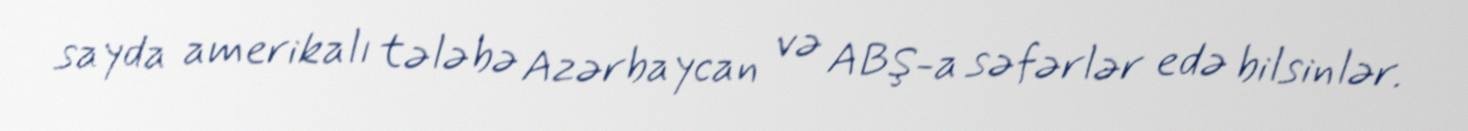
sayda amerikalı tələbə Azərbaycan və ABŞ-a səfərlər edə bilsinlər.